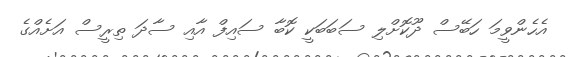
އެހެންވީމަ ހަބޭސް ދޫކޮށްލި ސަބަބަކީ ކޮބާ ސައިފް އާއި ސާދަ ތިރީސް އަށެއްގެ